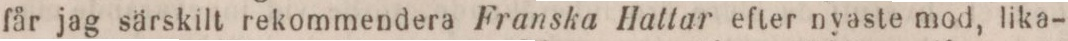
får jag särskilt rekommendera Franska Hattar efter nyaste mod, lika-